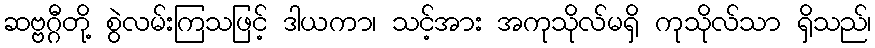
ဆဗ္ဗဂ္ဂီတို့ စွဲလမ်းကြသဖြင့် ဒါယကာ၊ သင့်အား အကုသိုလ်မရှိ ကုသိုလ်သာ ရှိသည်၊